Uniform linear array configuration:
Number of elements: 12
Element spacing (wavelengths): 0.25
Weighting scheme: hann
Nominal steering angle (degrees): -60
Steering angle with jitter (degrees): -60.436
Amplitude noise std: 0.05
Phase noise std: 0.05

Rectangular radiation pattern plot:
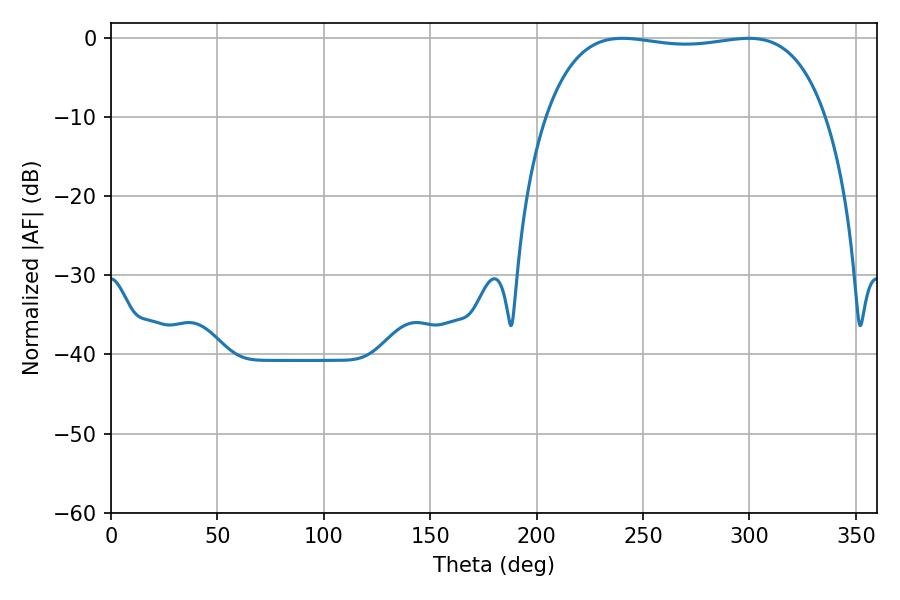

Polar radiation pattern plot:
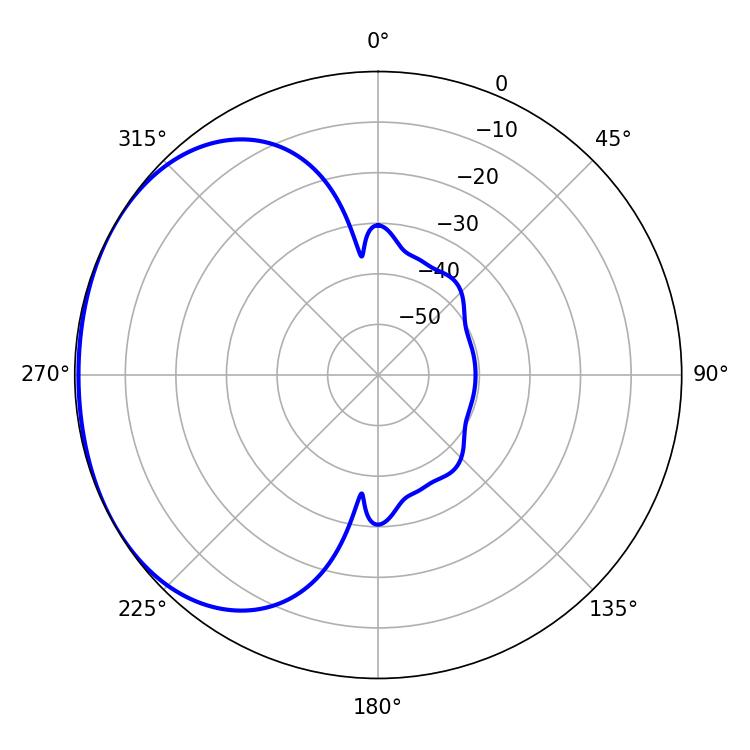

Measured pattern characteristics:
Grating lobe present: FALSE
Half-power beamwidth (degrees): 105.12
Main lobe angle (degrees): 240.3